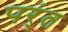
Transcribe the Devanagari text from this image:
पर्ंत